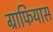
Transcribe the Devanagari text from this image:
ग्राफियास